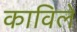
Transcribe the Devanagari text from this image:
काविले